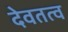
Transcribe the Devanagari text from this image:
देवतत्व